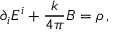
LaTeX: \partial _ { i } E ^ { i } + \frac { k } { 4 \pi } B = \rho \, ,